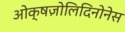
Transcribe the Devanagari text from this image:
ओक्षज़ोलिदिनोनेस